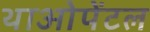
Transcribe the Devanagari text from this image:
थाओपेंटल